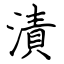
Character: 漬